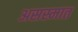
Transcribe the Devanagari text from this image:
असस्मात